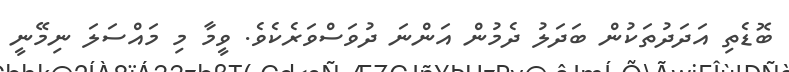
ބޮޑެތި އަދަދުތަކުން ބަދަލު ދެމުން އަންނަ ދުވަސްވަރެކެވެ. ވީމާ މި މައްސަލަ ނިމޭނީ